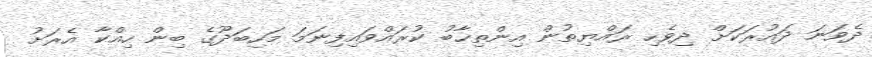
ދެވަނަ ދައުރަކަށް ދިވެހި ރައްޔިތުން އިންތިޚާބު ކުރައްވައިފިނަމަ މަހިބަދޫގެ ބިން ހިއްކާ އެރަށު